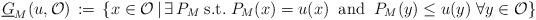
LaTeX: \begin{align*}\underline{G}_M(u,\mathcal{O})\,:=\,\left\lbrace x\in \mathcal{O}\,|\,\exists \,P_M\;\mbox{s.t.}\;P_M(x)=u(x)\;\;\mbox{and}\;\;P_M(y)\leq u(y)\;\forall y\in \mathcal{O} \right\rbrace\end{align*}